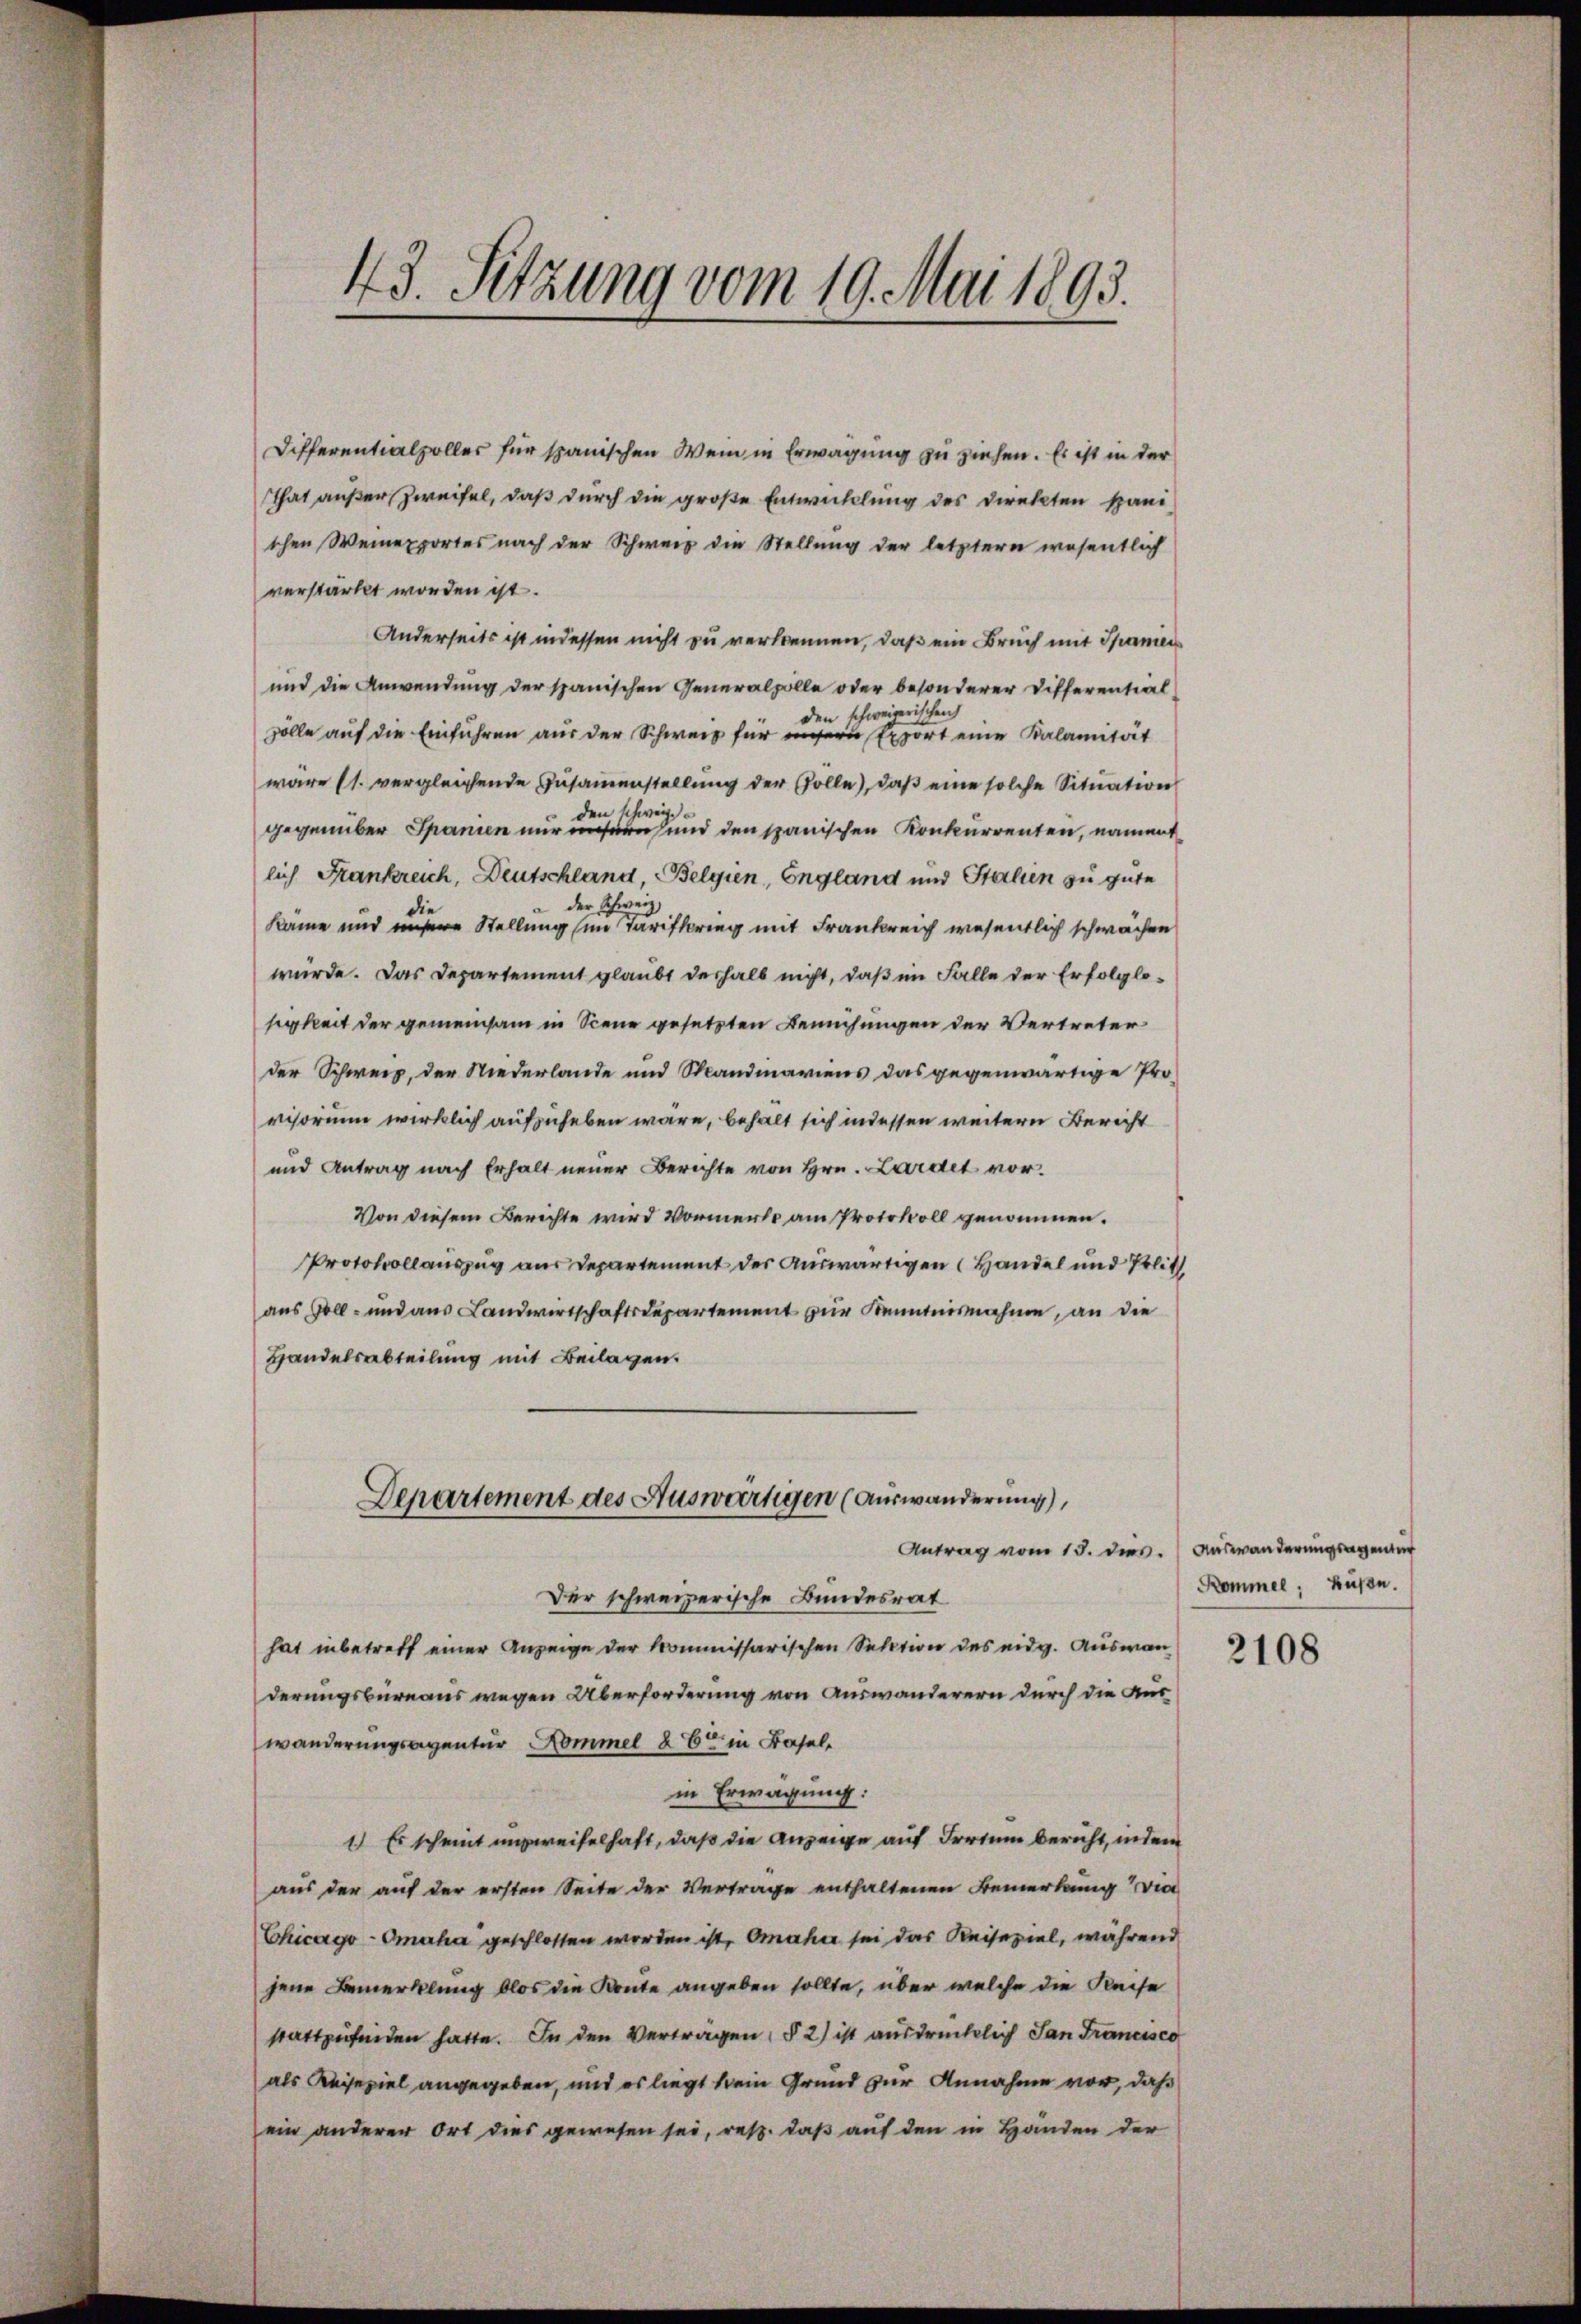
43. Sitzung vom 19. Mai 1893.

Differentialvoller für spanischen Wein in Erwägung zu ziehen. Es ist in der
That außer Zweifel, daß durch die große Entwicklung des Direkten spani-
tchen Weinexportes nach der Schweiz die Stellung der letztern wesentlich
verstärkt worden ist.
Anderseits ist indessen nicht zu vertrennen, daß ein Bruch mit Spanien
und die Anwendung der spanischen Generalpolle oder besonderer Differential-
den schweizerischen
zolle auf die Einführen aus der Schweiz für unsern Export eine Kalamität
wäre (s. vergleichende Zŭsaṁenstellŭng der solle, daβ eine solche Sitŭation
den schweiz.
gegenüber Spanien nur unsern und den spanischen Konkurrenten, nament
lich Frankreich, Deutschland, Belgien, England und Stalien zu gute
der Schweiz,
e
käme und unsere Stellung im Tarifkrieg mit Frankreich wesentlich schwächen
würde. Das Departement glaubt deshalb nicht, daß im Falle der Erfolglosigkeit der gemeinsam in Scene gesetzten Bemühungen der Vertreter
der Schweiz, der Niederlande und Skandinariens das gegenwärtige Provisorium wirklich aufzuheben wäre, behalt sich indessen weitern Bericht
und Antrag nach Erhalt neuer Berichte von Hrn. Lardet vor.
Von diesem Berichte wird Vormerke am Protokoll genommen.
Protokollauszug aus Departement der Auswärtigen Handel und Polit
aus Soll- und aus Landwirtschaftsdepartement zur Kenntnisnahme, an die
Handelsabteilung mit Beilagen.
Departement des Auswärtigen (Auswanderung),
Antrag vom 15. dies. Auswanderungsagen
Der schweizerische Bundesrat
hat inbetreff einer Anzeige der kommissarischen Section des eidg. Auswan
derungsbureaus wegen Überforderung von Auswanderern durch die Auswanderungsgegentur Kommel 26ten in Basel
in Erwägung:
1.) Es scheint unzweifelhaft, daß die Anzeige auf Irrtum bericht, indem
aus der auf der ersten Seite der Vertrage enthaltenen Bemerkung wie
Chicago-Omaha geschlossen worden ist, Omaher sei das Reisepiel, während
jene Bemerklung blos die Konte angeben sollte, über welche die Reise
stattzufinden hatte. In den Vertragen, § 2) ist ausdrücklich Jan Francisco
als Reisepiel angegeben, und es liegt kein Grund zur Annahme vor, daß
ein anderer Ort dies gewesen sei, resp. daß auf den in Händen der

Kommel; küße.

2108